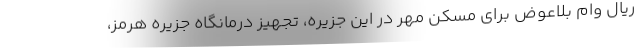
ریال وام بلاعوض برای مسکن مهر در این جزیره، تجهیز درمانگاه جزیره هرمز،